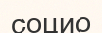
социо